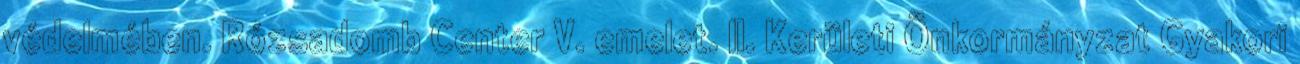
védelmében. Rózsadomb Center V. emelet. II. Kerületi Önkormányzat Gyakori